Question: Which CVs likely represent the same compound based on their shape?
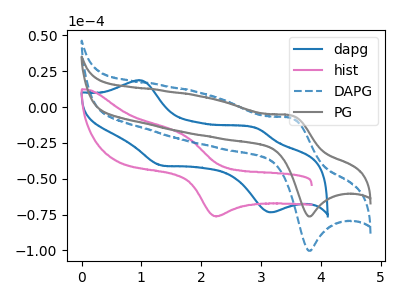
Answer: <think>The blue curve "dapg" has anodic peaks at (0.95V, 18.75uA) (2.95V, -14.90uA) and cathodic peaks at (1.35V, -40.65uA) (3.15V, -73.50uA). The pink curve "hist" has an anodic peak at (1.70V, -19.75uA) and a cathodic peak at (2.20V, -76.05uA). The blue dashed curve "DAPG" has an anodic peak at (3.50V, -7.70uA) and a cathodic peak at (3.85V, -100.25uA). The gray curve "PG" has an anodic peak at (3.50V, -5.90uA) and a cathodic peak at (3.85V, -76.30uA).
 "dapg" and "hist" have a different number of peaks. "dapg" and "DAPG" have a different number of peaks. "dapg" and "PG" have a different number of peaks. "hist" and "DAPG" have at least one peak that do not match. "hist" and "PG" have at least one peak that do not match. All the peaks in "DAPG" have a peak in "PG" at the same potential.</think>
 <answer>"PG" and "DAPG" have the same shape and are likely CV's of the same chemical.</answer>
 <eval>"PG" "DAPG"</eval>